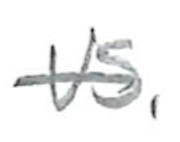
Text: vs.
Cross-out: mix
Writing tool: pencil